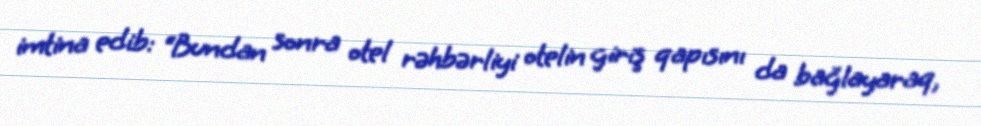
imtina edib: “Bundan sonra otel rəhbərliyi otelin giriş qapısını da bağlayaraq,